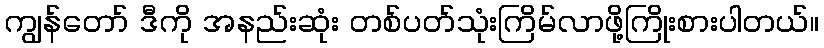
ကျွန်တော် ဒီကို အနည်းဆုံး တစ်ပတ်သုံးကြိမ်လာဖို့ကြိုးစားပါတယ်။